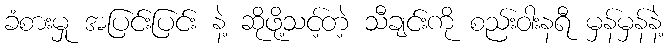
ခံစားမှု အပြင်းပြင်း နဲ့ ဆိုဖို့သင့်တဲ့ သီချင်းကို စည်းဝါးနရီ မှန်မှန်နဲ့